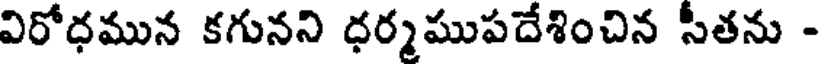
విరోధమున కగునని ధర్మముపదేశించిన సీతను -